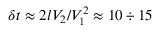
\delta t \approx 2 l V _ { 2 } / V _ { 1 } ^ { 2 } \approx 1 0 \div 1 5